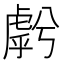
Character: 𱿓